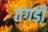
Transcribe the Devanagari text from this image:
तगडी़